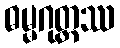
ဓမ္မဂုတ္တဿ